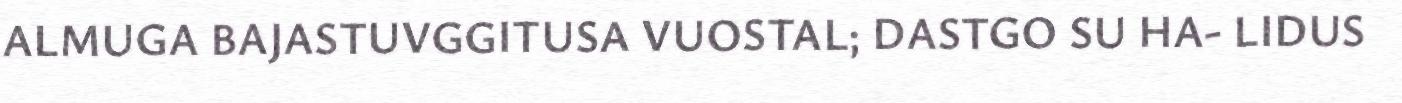
ALMUGA BAJASTUVGGITUSA VUOSTAL; DASTGO SU HA- LIDUS